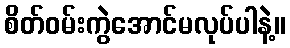
စိတ်ဝမ်းကွဲအောင်မလုပ်ပါနဲ့။